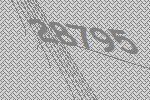
28795